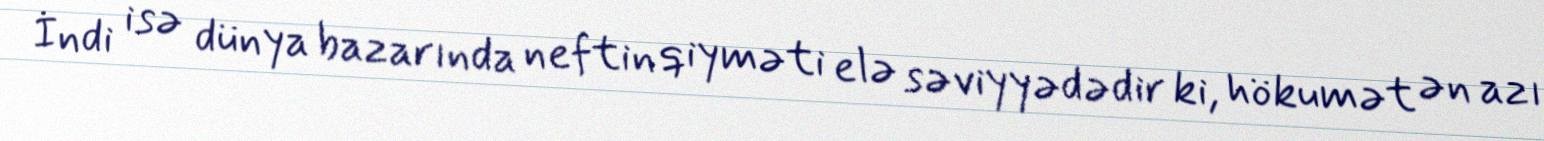
İndi isə dünya bazarında neftin qiyməti elə səviyyədədir ki, hökumət ən azı